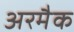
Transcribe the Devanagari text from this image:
अरमैक